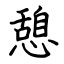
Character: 憩